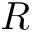
R